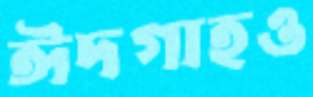
ঈদগাহও